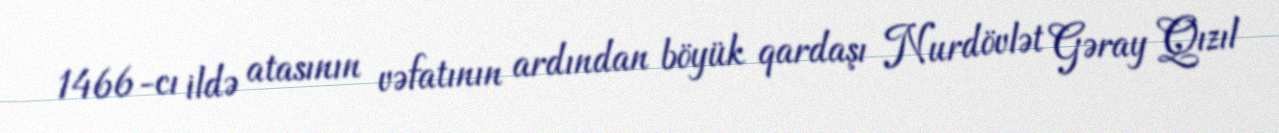
1466-cı ildə atasının vəfatının ardından böyük qardaşı Nurdövlət Gəray Qızıl